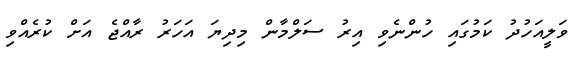
ވަލީއަހުދު ކަމުގައި ހުންނެވި އިރު ސަލްމާން މިދިޔަ އަހަރު ރާއްޖެ އަށް ކުރެއްވި